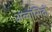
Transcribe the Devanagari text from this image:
अब्बासिदों